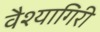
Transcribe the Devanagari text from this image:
वैश्यागिरी